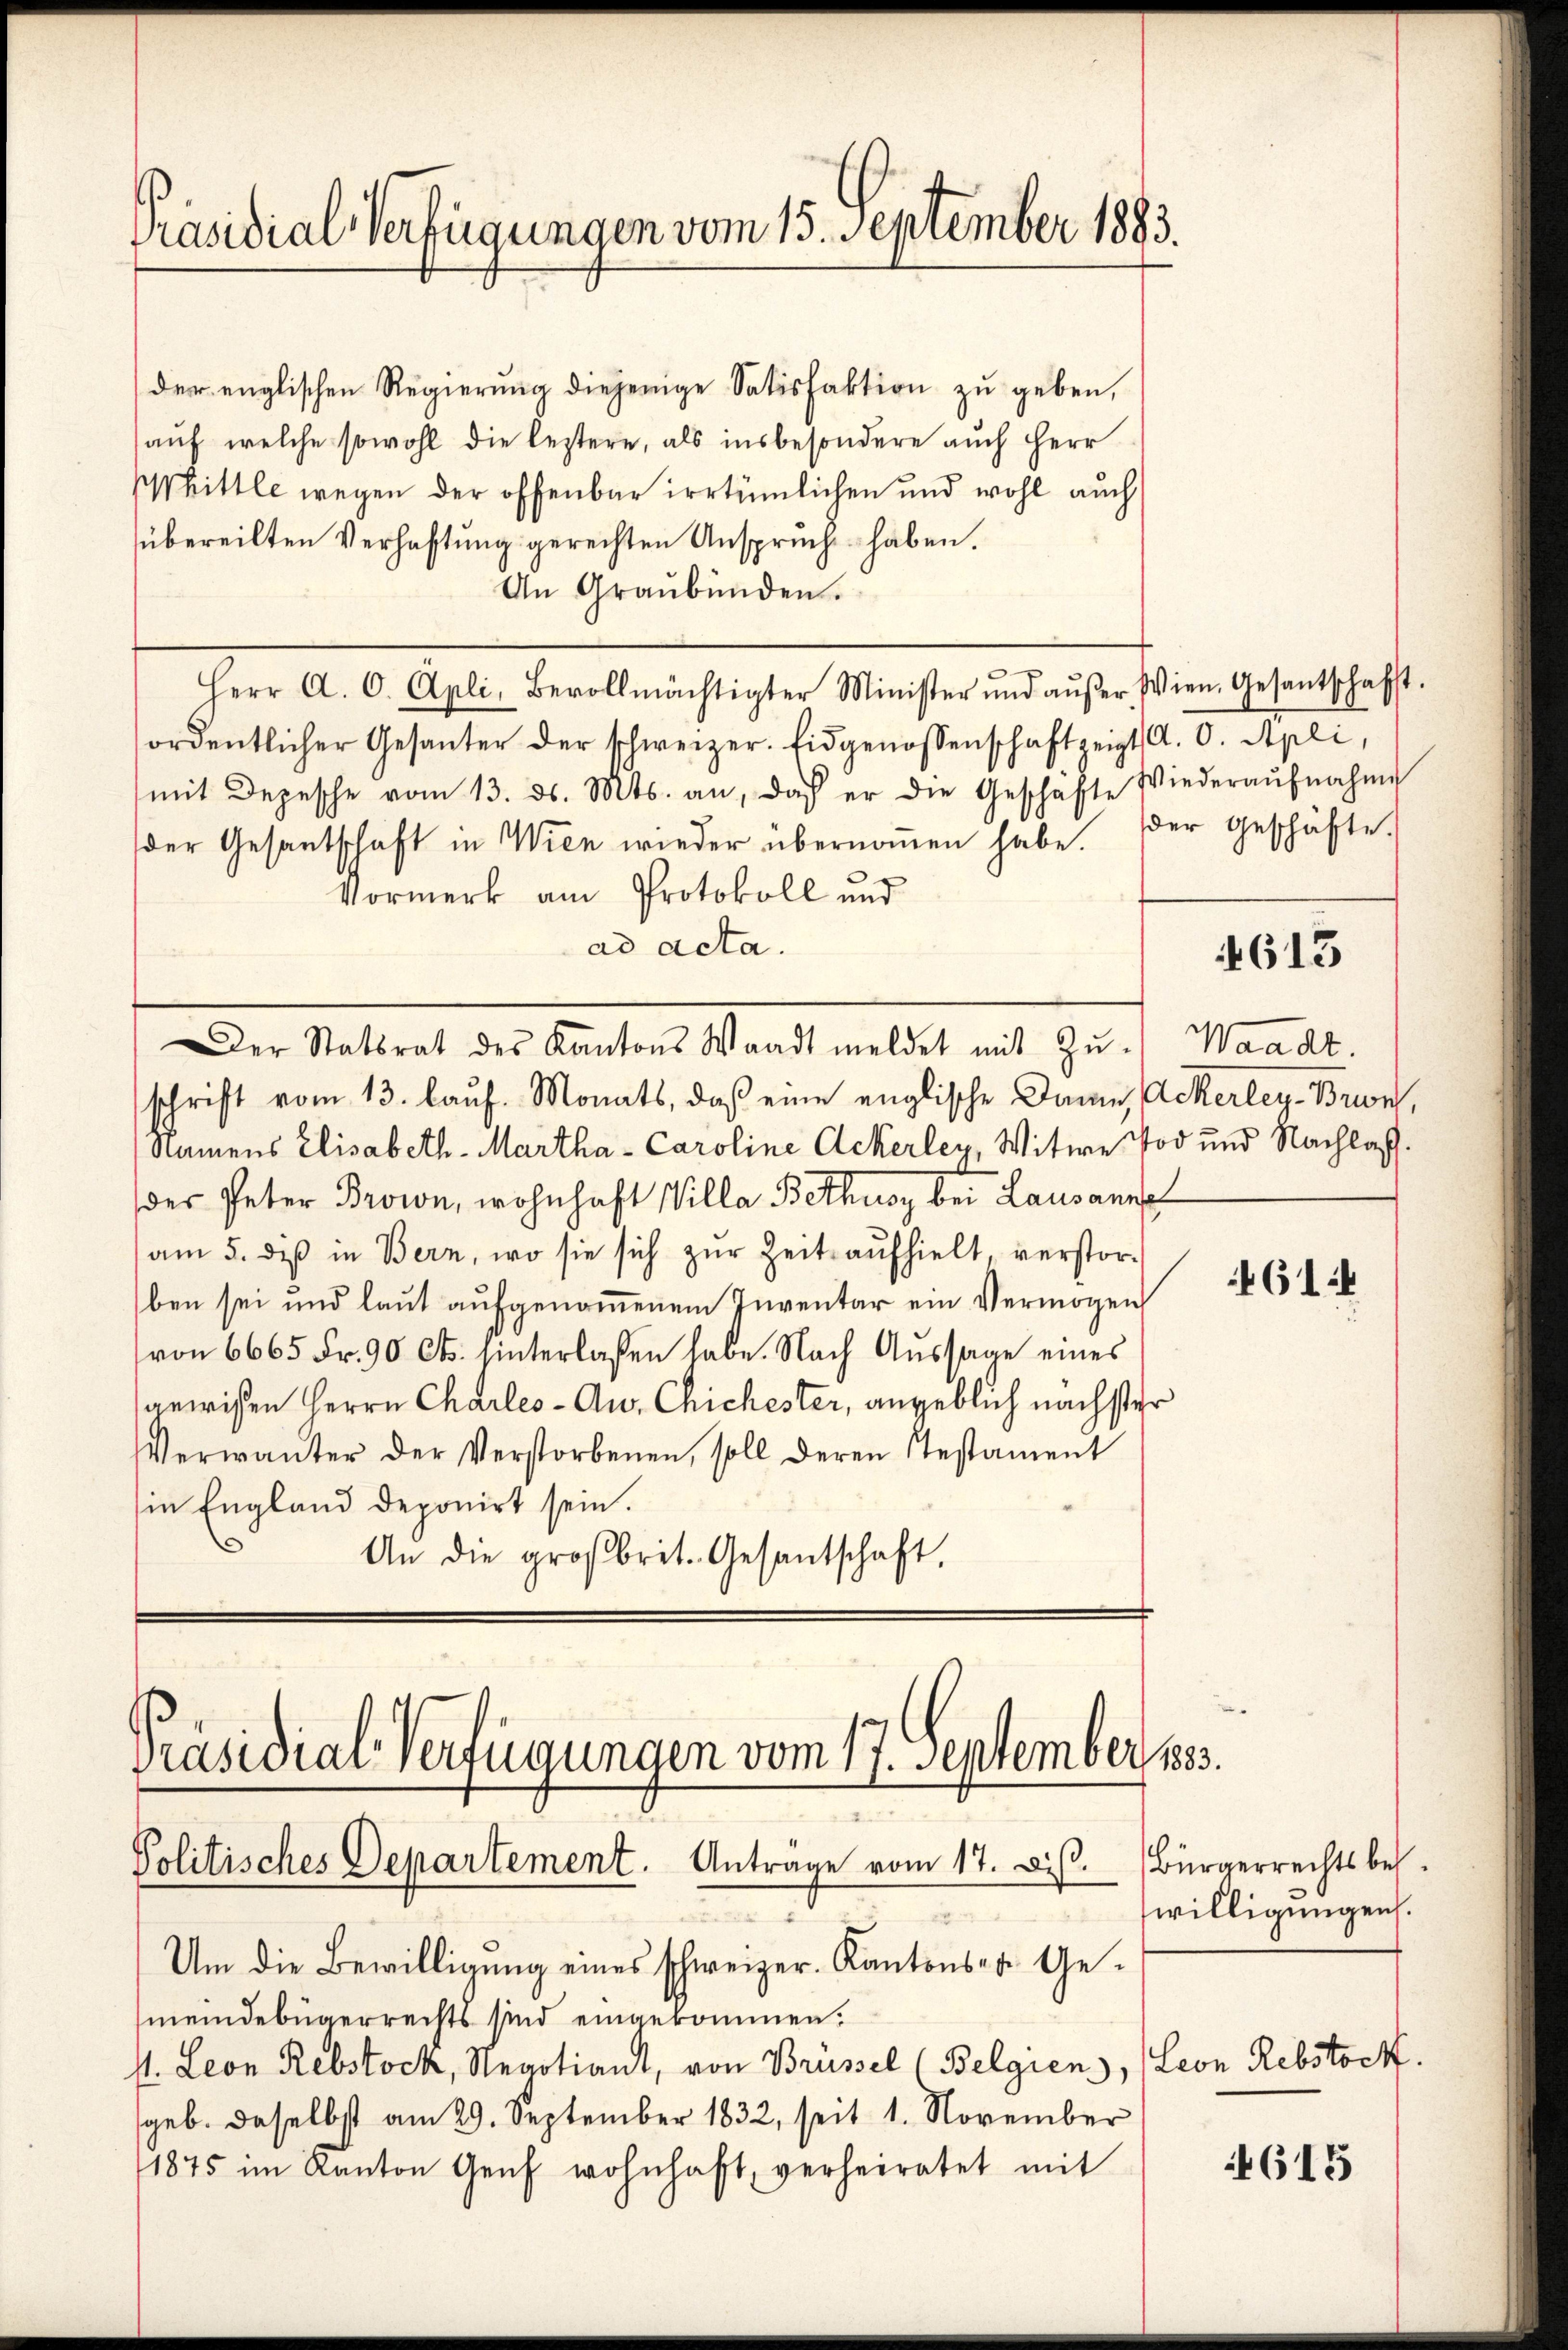
Präsidial-Verfügungen vom 15. September 1883.

der englischen Regierung diejenige Satisfaktion zu geben,
aŭf welche sowohl die leztere, als insbesondere auch Herr
Whittle wegen der offenbar irrtümlichen und wohl auch
übereilten Verhaftung gerechten Anspruch haben.
An Graubünden.
Herr A. O. Apli, Bevollmächtigter Minister und aŭβer Wien. Gesantschafft.
ordentlicher Gesanter der schweizer. Eidgenossenschaft zeigt a. O. Apli,
(mit Depesche vom 13. ds. Mts. an, daß er die Geschäfte Wiederaŭfnahme
der Gesantschaft in Wien wieder übernoṁen habe. Der Geschäfte.
Vormerk am Protokoll und
ad acta.
Der Statsrat des Kantons Waadt meldet mit Zŭ- Waadt.
schrift vom 13. laŭf. Monats, daß eine englische Dame Ackerley-Brin,
Namens Elisabeth-Martha - Caroline Ackerley, Witwe Tod und Nachlas
der Peter Brown, wohnhaft Villa Bethuoy bei Lausanne
am 5. diβ in Bern, wo sie sich zŭr Zeit aŭfhielt verstor-
ben sei und laut aufgenommenem Inventar ein Vermögen
von 6665 Fr. 90 Cts. hinterlassen habe. Nach Aussage eines
gewißen Herrn Charles-Au, Chichester, angeblich nächster
Verwanter der Verstorbenen, soll deren Testament
in England deponirt sein.
An die großbrit. Gesantschaft.

Präsidial-Verfügungen vom 17. September 1883.
Politisches Departement. Antrage vom 17. diβ. Bürgerrechtsbes.
e

Um die Bewilligung eines schweizer. Kantons- u. Gemeindebügerrechts sind eingekommen.
s. Leon Rebstock, Negotiant, von Brüssel (Belgien,
geb. daselbst am 29. September 1832, seit 1. November
1875 im Kanton Genf wohnhaft, verheiratet mit

4613

4614

willigungen.

Leon Rebstock.

615